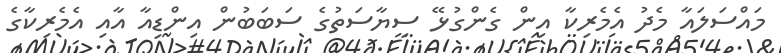
މައްސަލައާ މެދު އެމެރިކާ އިން ގެންގުޅޭ ސިޔާސަތުގެ ސަބަބުން އިންޑިއާ އާއި އެމެރިކާގެ